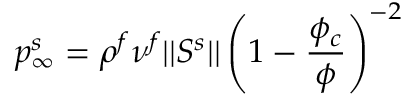
p _ { \infty } ^ { s } = \rho ^ { f } \nu ^ { f } \vert \vert \boldsymbol { S ^ { s } } \vert \vert \left( 1 - \frac { \phi _ { c } } { \phi } \right) ^ { - 2 }